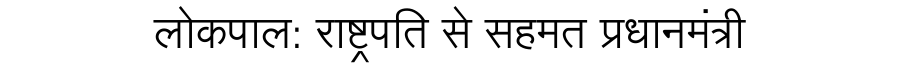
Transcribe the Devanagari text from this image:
लोकपाल: राष्ट्रपति से सहमत प्रधानमंत्री